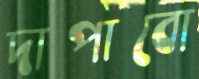
দাপাবো